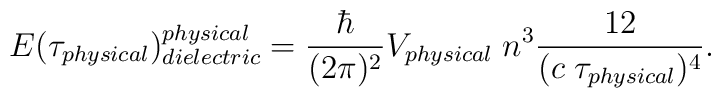
E(\tau_{\small physical})^{\small physical}_{\small dielectric} ={\hbar\over(2\pi)^2} V_{\small physical} \; n^3 {12\over(c \;  \tau_{\small physical})^4}.